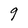
Character: 9